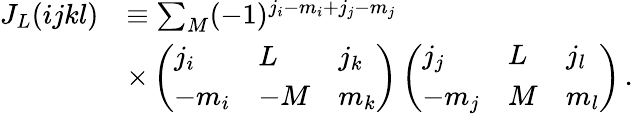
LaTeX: \begin{array}{rl}{J_{L}(ijkl)}&{\equiv\sum_{M}(-1)^{j_{i}-m_{i}+j_{j}-m_{j}}}\\ &{\times\left(\begin{array}{lll}{j_{i}}&{L}&{j_{k}}\\ {-m_{i}}&{-M}&{m_{k}}\end{array}\right)\left(\begin{array}{lll}{j_{j}}&{L}&{j_{l}}\\ {-m_{j}}&{M}&{m_{l}}\end{array}\right)\, .}\end{array}